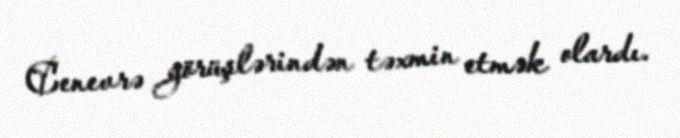
Cenevrə görüşlərindən təxmin etmək olardı.